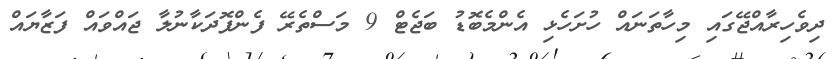
ދިވެހިރާއްޖޭގައި މިހާތަނައް ހުށަހެޅި އެންމެބޮޑު ބަޖެޓް 9 މަސްތެރޭ ފެންފޮދަކާނުލާ ޖައްވައް ފަޒާޔައް